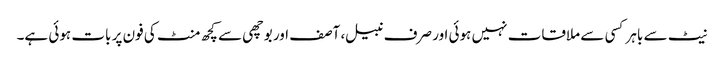
نیٹ سے باہر کسی سے ملاقات نہیں ہوئی اور صرف نبیل، آصف اور بوچھی سے کچھ منٹ کی فون پر بات ہوئی ہے۔